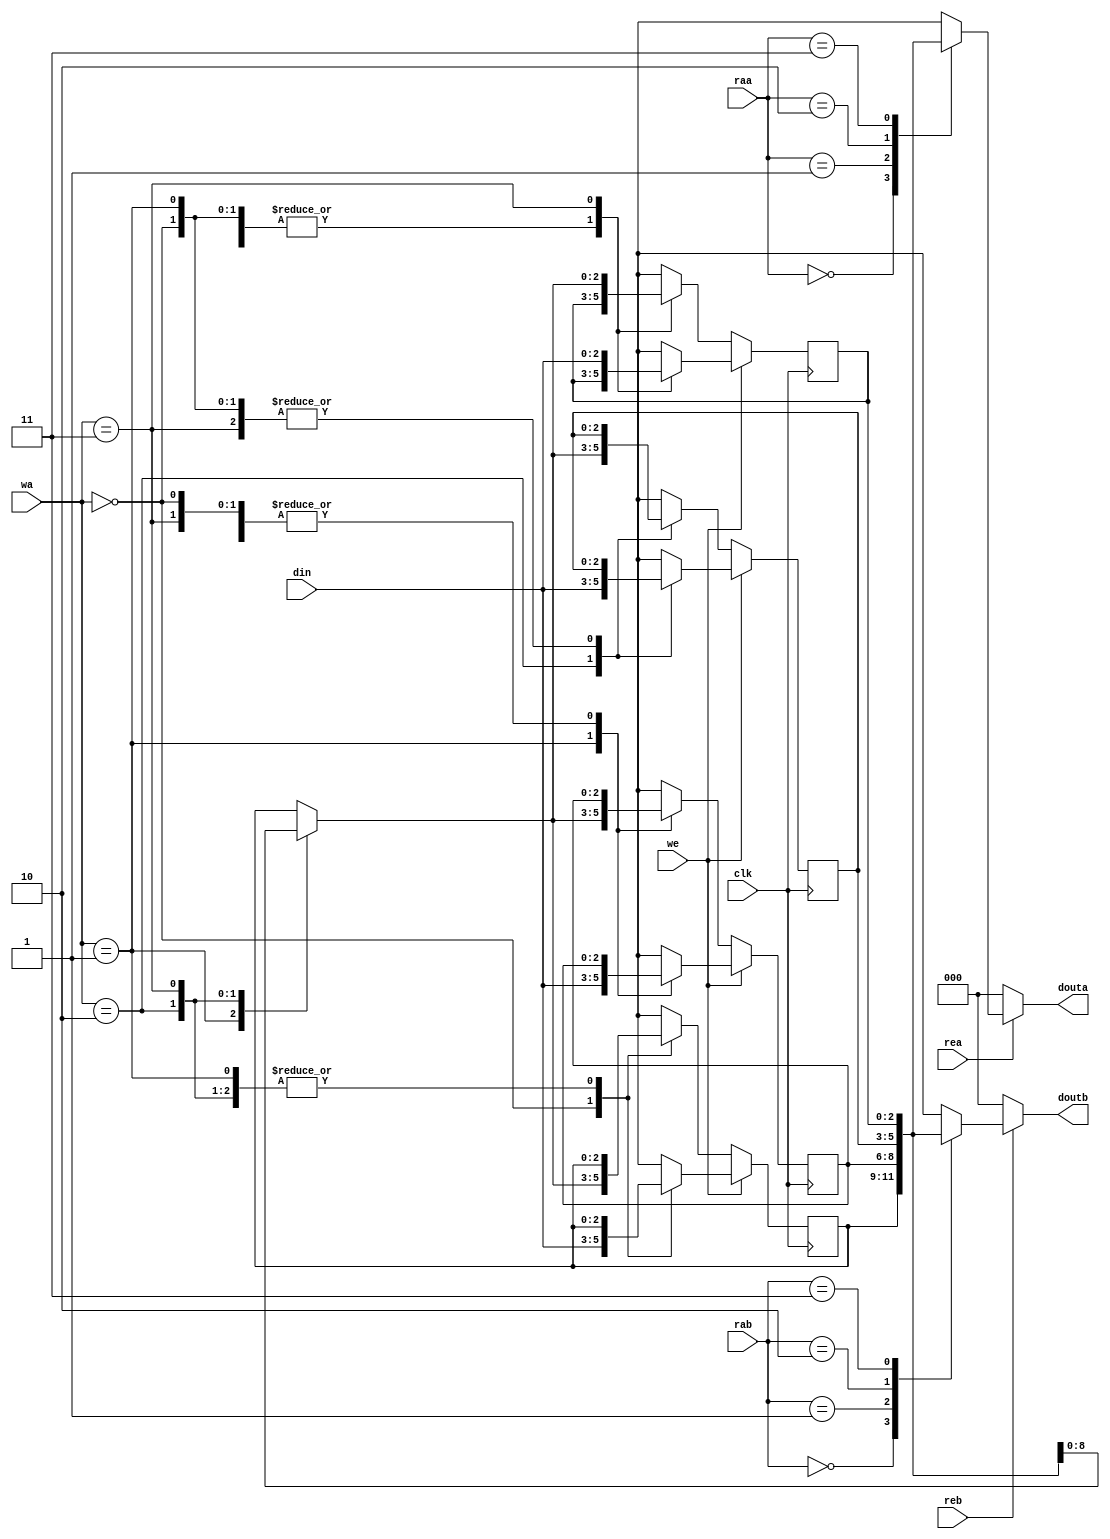
`timescale 1ns / 1ps
module RegisterFile(clk, rea, reb, raa, rab, we, wa, din, douta, doutb);
input[1:0] wa, raa, rab; 
input[2:0] din; 
input clk, we, rea,reb; 
output[2:0] douta, doutb;
reg [2:0]RF[3:0]; 
assign douta = (rea) ? RF[raa]: 0; 
assign doutb = (reb) ? RF[rab]: 0; 
always @ (posedge clk) 
	begin
		if(we)
			RF[wa] = din; 
		else
			RF[wa] = RF[wa]; 
	end
endmodule